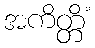
အကိတ္တိံ